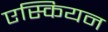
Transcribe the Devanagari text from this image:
एस्कियन